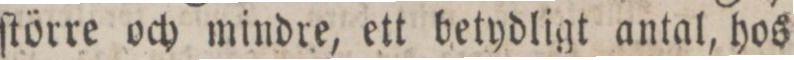
ſtörre och mindre, ett betydligt antal, hos